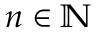
n \in \mathbb { N }